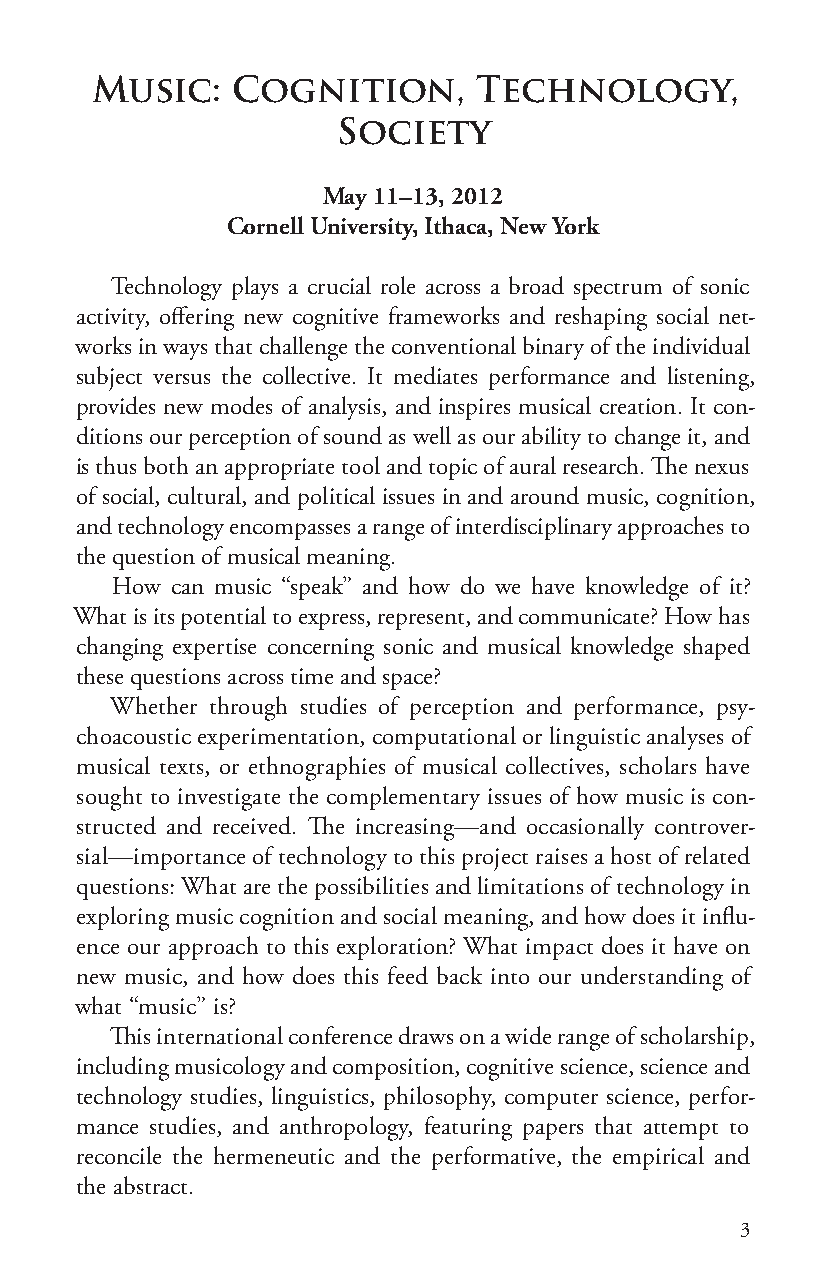
Music:   Cognition,      Technology,
 Society
 May 11–13, 2012
 Cornell University, Ithaca, New York
 Technology plays a crucial role across a broad spectrum of sonic
 activity, offering new cognitive frameworks and reshaping social net-
 works in ways that challenge the conventional binary of the individual
 subject versus the collective. It mediates performance and listening,
 provides new modes of analysis, and inspires musical creation. It con-
 ditions our perception of sound as well as our ability to change it, and
 is thus both an appropriate tool and topic of aural research. The nexus
 of social, cultural, and political issues in and around music, cognition,
 and technology encompasses a range of interdisciplinary approaches to
 the question of musical meaning.
 How can music “speak” and how do we have knowledge of it?
 What is its potential to express, represent, and communicate? How has
 changing expertise concerning sonic and musical knowledge shaped
 these questions across time and space?
 Whether through studies of perception and performance, psy-
 choacoustic experimentation, computational or linguistic analyses of
 musical texts, or ethnographies of musical collectives, scholars have
 sought to investigate the complementary issues of how music is con-
 structed and received. The increasing—and occasionally controver-
 sial—importance of technology to this project raises a host of related
 questions: What are the possibilities and limitations of technology in
 exploring music cognition and social meaning, and how does it influ-
 ence our approach to this exploration? What impact does it have on
 new music, and how does this feed back into our understanding of
 what “music” is?
 This international conference draws on a wide range of scholarship,
 including musicology and composition, cognitive science, science and
 technology studies, linguistics, philosophy, computer science, perfor-
 mance studies, and anthropology, featuring papers that attempt to
 reconcile the hermeneutic and the performative, the empirical and
 the abstract.
 3